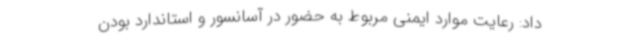
داد: رعایت موارد ایمنی مربوط به حضور در آسانسور و استاندارد بودن